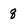
Character: q